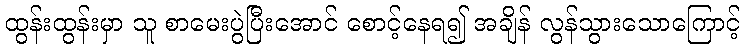
ထွန်းထွန်းမှာ သူ စာမေးပွဲပြီးအောင် စောင့်နေရ၍ အချိန် လွန်သွားသောကြောင့်